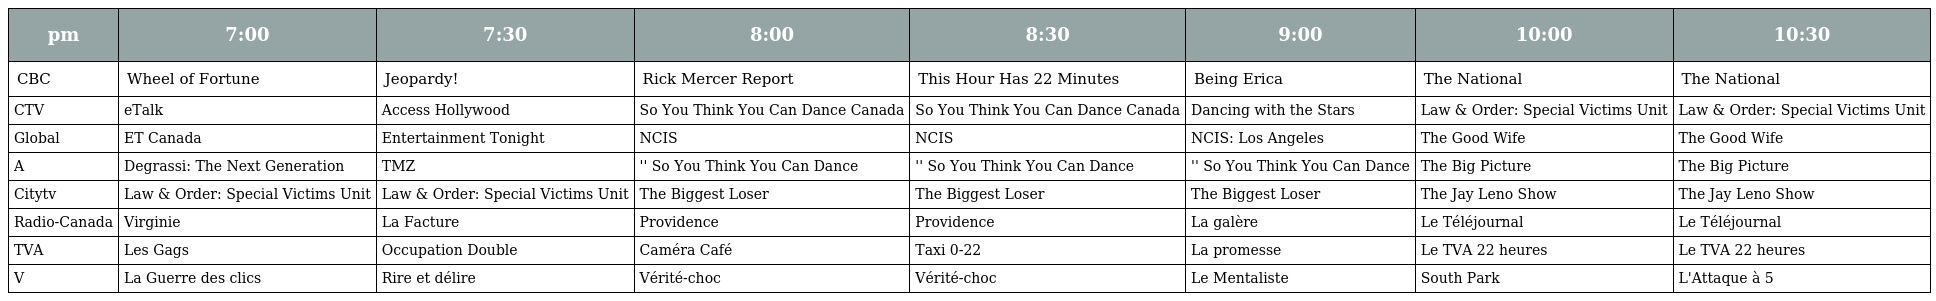
| pm | 7:00 | 7:30 | 8:00 | 8:30 | 9:00 | 10:00 | 10:30 |
 | --- | --- | --- | --- | --- | --- | --- | --- |
 | CBC | Wheel of Fortune | Jeopardy! | Rick Mercer Report | This Hour Has 22 Minutes | Being Erica | The National | The National |
 | CTV | eTalk | Access Hollywood | So You Think You Can Dance Canada | So You Think You Can Dance Canada | Dancing with the Stars | Law & Order: Special Victims Unit | Law & Order: Special Victims Unit |
 | Global | ET Canada | Entertainment Tonight | NCIS | NCIS | NCIS: Los Angeles | The Good Wife | The Good Wife |
 | A | Degrassi: The Next Generation | TMZ | '' So You Think You Can Dance | '' So You Think You Can Dance | '' So You Think You Can Dance | The Big Picture | The Big Picture |
 | Citytv | Law & Order: Special Victims Unit | Law & Order: Special Victims Unit | The Biggest Loser | The Biggest Loser | The Biggest Loser | The Jay Leno Show | The Jay Leno Show |
 | Radio-Canada | Virginie | La Facture | Providence | Providence | La galère | Le Téléjournal | Le Téléjournal |
 | TVA | Les Gags | Occupation Double | Caméra Café | Taxi 0-22 | La promesse | Le TVA 22 heures | Le TVA 22 heures |
 | V | La Guerre des clics | Rire et délire | Vérité-choc | Vérité-choc | Le Mentaliste | South Park | L'Attaque à 5 |